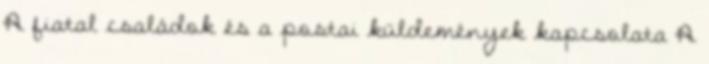
A fiatal családok és a postai küldemények kapcsolata A